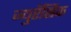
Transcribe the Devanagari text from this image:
ज्युरॅसिक